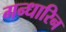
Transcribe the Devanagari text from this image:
गन्धारिन